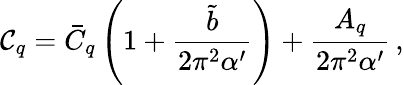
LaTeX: \mathcal{C}_{q}=\bar{C}_{q}\left(1+\frac{\tilde{b}}{2\pi^{2}\alpha^{\prime}}\right)+\frac{A_{q}}{2\pi^{2}\alpha^{\prime}}\, ,